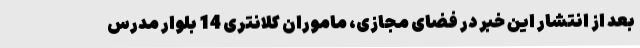
بعد از انتشار این خبر در فضای مجازی، ماموران کلانتری 14 بلوار مدرس